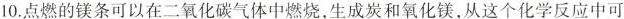
10.点燃的镁条可以在二氧化碳气体中燃烧，生成炭和氧化镁，从这个化学反应中可